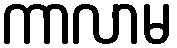
ကာလာမ